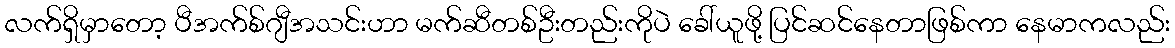
လက်ရှိမှာတော့ ပီအက်စ်ဂျီအသင်းဟာ မက်ဆီတစ်ဦးတည်းကိုပဲ ခေါ်ယူဖို့ ပြင်ဆင်နေတာဖြစ်ကာ နေမာကလည်း